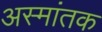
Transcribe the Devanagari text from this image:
अस्मांतक